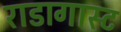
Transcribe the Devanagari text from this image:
राडागास्ट